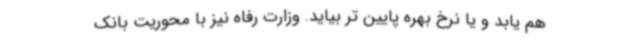
هم یابد و یا نرخ بهره پایین تر بیاید. وزارت رفاه نیز با محوریت بانک